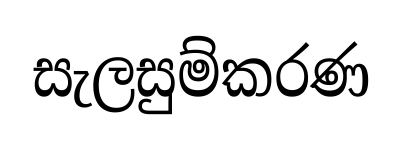
සැලසුම්කරණ